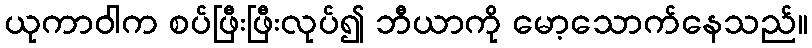
ယုကာဝါက စပ်ဖြီးဖြီးလုပ်၍ ဘီယာကို မော့သောက်နေသည်။